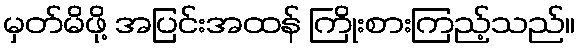
မှတ်မိဖို့ အပြင်းအထန် ကြိုးစားကြည့်သည်။